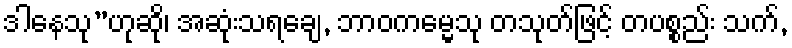
ဒါနေသု”ဟုဆို၊ အဆုံးသရချေ, ဘာဝကမ္မေသု တသုတ်ဖြင့် တပစ္စည်း သက်,